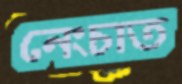
নেংচাত